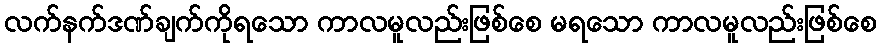
လက်နက်ဒဏ်ချက်ကိုရသော ကာလမူလည်းဖြစ်စေ မရသော ကာလမူလည်းဖြစ်စေ